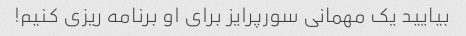
بیایید یک مهمانی سورپرایز برای او برنامه ریزی کنیم!